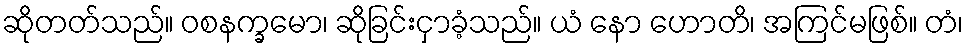
ဆိုတတ်သည်။ ဝစနက္ခမော၊ ဆိုခြင်းငှာခံ့သည်။ ယံ နော ဟောတိ၊ အကြင်မဖြစ်။ တံ၊